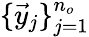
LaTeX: \{ \vec{y}_{j}\} _{j=1}^{n_{o}}